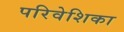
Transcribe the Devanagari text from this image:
परिवेशिका